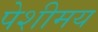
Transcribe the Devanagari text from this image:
पेशीमय